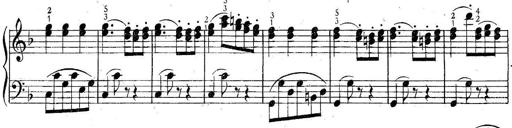
Title: 6 Easy Sonatinas
Composer: Carl Czerny